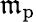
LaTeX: \mathfrak{m}_{\mathrm{{p}}}